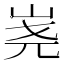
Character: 𰎔